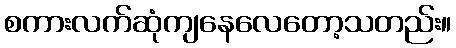
စကားလက်ဆုံကျနေလေတော့သတည်း။